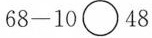
$$6 8 - 1 0 \circ 4 8$$